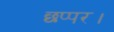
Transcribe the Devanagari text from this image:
छप्पर।